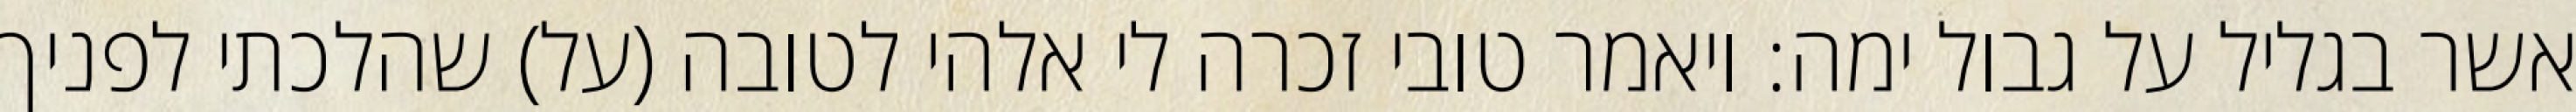
אשר בגליל על גבול ימה: ויאמר טובי זכרה לי אלהי לטובה (על) שהלכתי לפניך